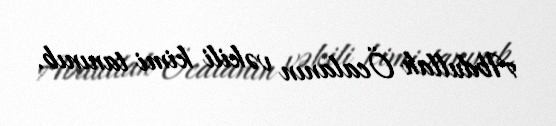
Abdullah Öcalanın vəkili kimi tanınıb.